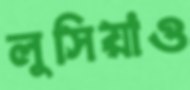
লুসিয়াও